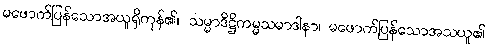
မဖောက်ပြန်သောအယူရှိကုန်၏။ သမ္မာဒိဋ္ဌိကမ္မသမာဒါနာ၊ မဖောက်ပြန်သောအသယူ၏